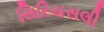
સિરિયસલી